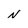
Character: N